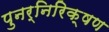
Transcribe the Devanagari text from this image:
पुनर्निरिक्षण